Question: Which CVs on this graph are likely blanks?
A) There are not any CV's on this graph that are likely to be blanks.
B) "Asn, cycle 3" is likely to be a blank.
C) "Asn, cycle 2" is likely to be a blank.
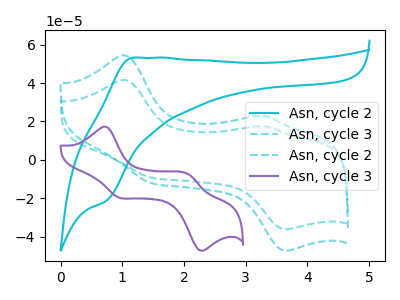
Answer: <think>The cyan curve "Asn, cycle 2" has an anodic peak at (1.20V, 53.25uA) and a cathodic peak at (0.75V, -21.45uA). The cyan dashed curve "Asn, cycle 3" has anodic peaks at (1.05V, 41.60uA) (3.30V, 17.40uA) and cathodic peaks at (1.50V, -9.55uA) (3.65V, -36.20uA). The cyan dashed curve "Asn, cycle 2" has anodic peaks at (1.05V, 54.40uA) (3.30V, 22.80uA) and cathodic peaks at (1.50V, -12.55uA) (3.65V, -47.35uA). The purple curve "Asn, cycle 3" has anodic peaks at (0.75V, 17.20uA) (2.05V, -7.55uA) and cathodic peaks at (0.95V, -19.65uA) (2.25V, -47.10uA).</think>
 <answer>A) There are not any CV's on this graph that are likely to be blanks.</answer>
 <eval>A</eval>